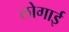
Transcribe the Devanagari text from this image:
लोगाई